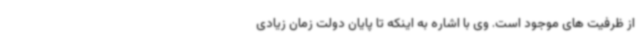
از ظرفیت های موجود است. وی با اشاره به اینکه تا پایان دولت زمان زیادی